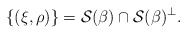
\begin{align*} \{(\xi,\rho)\}=\mathcal{S}(\beta)\cap\mathcal{S}(\beta)^\perp. \end{align*}